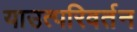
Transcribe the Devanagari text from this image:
याउत्परिवर्तन